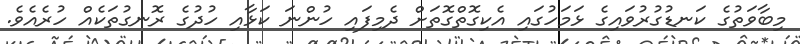
މިބާވަތުގެ ކަނޑުގުރުވައިގެ ޅަމަހުގައި އެކިގޮތްގޮތަށް ދެމިފައި ހުންނަ ކަޅާއި ހުދުގެ ރޮނގުތަކެއް ހުރެއެވެ.